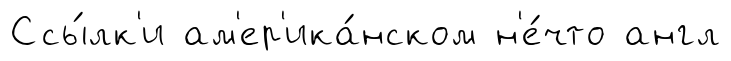
Ссы́лк'и ам'ер'ика́нском н'е́что англ